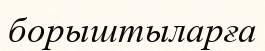
борыштыларға